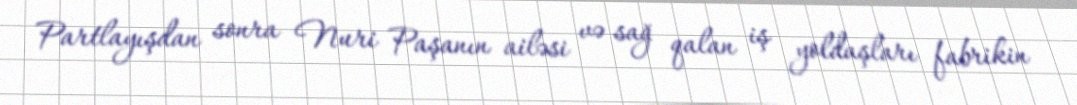
Partlayışdan sonra Nuri Paşanın ailəsi və sağ qalan iş yoldaşları fabrikin